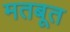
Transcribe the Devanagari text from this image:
मतबूत